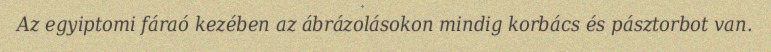
Az egyiptomi fáraó kezében az ábrázolásokon mindig korbács és pásztorbot van.